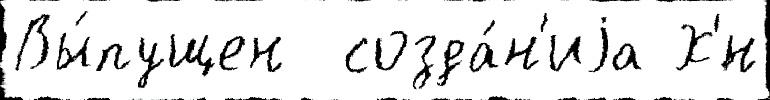
Вы́пущен  созда́н'иjа Х'́н